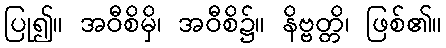
ပြု၍။ အဝီစိမှိ၊ အဝီစိ၌။ နိဗ္ဗတ္တိ၊ ဖြစ်၏။